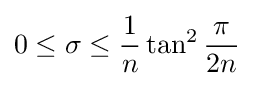
0\leq \sigma \leq {\dfrac {1}{n}}\tan ^{2}{\dfrac {\pi }{2n}}